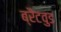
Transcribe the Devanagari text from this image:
ब्रैंटवुड